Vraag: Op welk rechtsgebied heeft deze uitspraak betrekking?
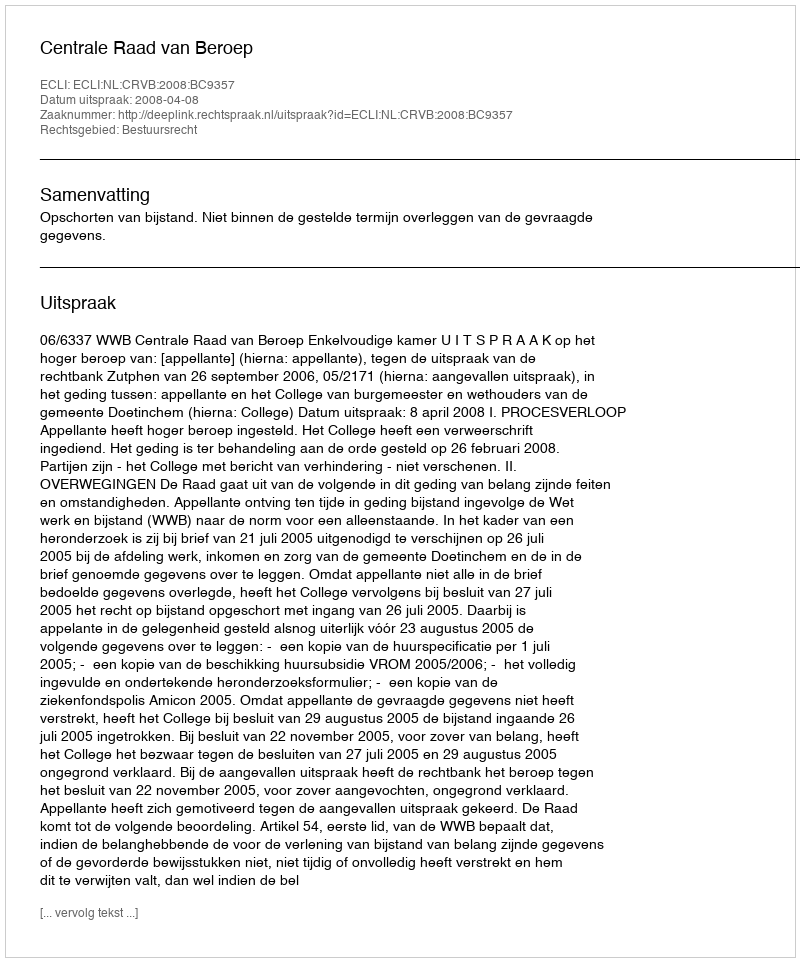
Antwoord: Bestuursrecht